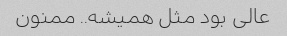
عالی بود مثل همیشه.. ممنون